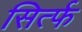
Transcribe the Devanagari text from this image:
सिर्त्फ